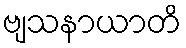
ဗျသနာယာတိ